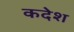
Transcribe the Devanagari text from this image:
कदेश